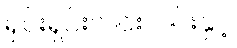
ရှင်းရှင်းလင်းလင်းနှင့်